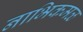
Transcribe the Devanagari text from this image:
नाभिकमळ